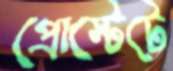
প্রোস্টেটে